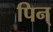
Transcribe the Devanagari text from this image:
पिन्